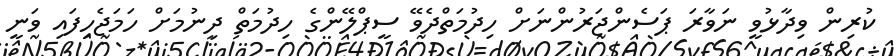
ކުރިން ވިދާޅުވީ ނަވާރަ ޕަސެންޖަރުންނަށް ހިދުމަތްދެވޭ ސީޕްލޭންގެ ހިދުމަތް ދިނުމަށް ހަމަޖެހިފައި ވަނީ